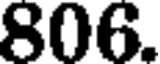
806.